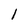
Character: 1